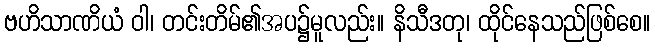
ဗဟိသာဏိယံ ဝါ၊ တင်းတိမ်၏အပ၌မူလည်း။ နိသီဒတု၊ ထိုင်နေသည်ဖြစ်စေ။